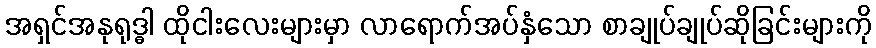
အရှင်အနုရုဒ္ဓါ ထိုငါးလေးများမှာ လာရောက်အပ်နှံသော စာချုပ်ချုပ်ဆိုခြင်းများကို